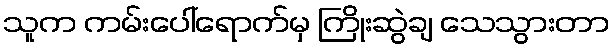
သူက ကမ်းပေါ်ရောက်မှ ကြိုးဆွဲချ သေသွားတာ